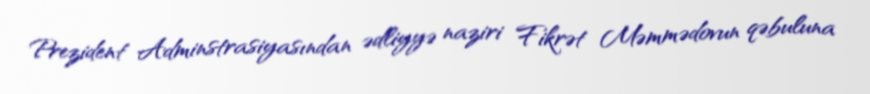
Prezident Adminstrasiyasından ədliyyə naziri Fikrət Məmmədovun qəbuluna